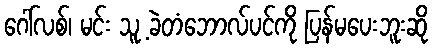
ဂေါ်လစ်၊ မင်း သူ့ ခဲတံဘောလ်ပင်ကို ပြန်မပေးဘူးဆို